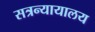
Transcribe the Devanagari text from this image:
सत्रन्यायालय